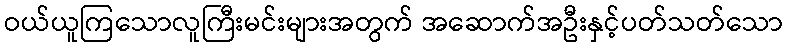
ဝယ်ယူကြသောလူကြီးမင်းများအတွက် အဆောက်အဦးနှင့်ပတ်သတ်သော